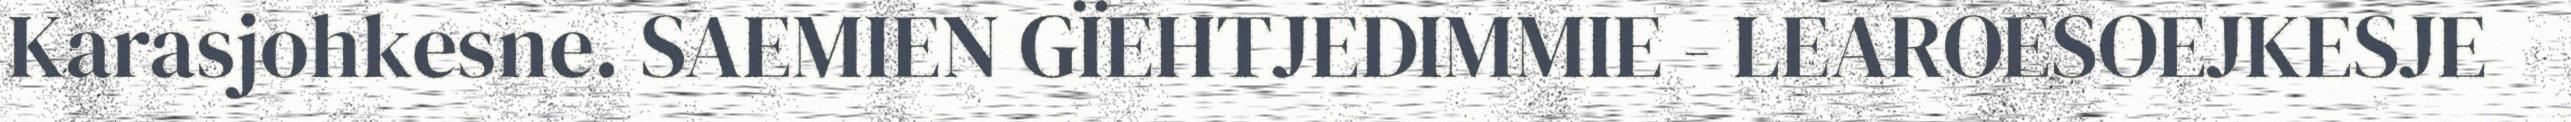
Karasjohkesne. SAEMIEN GÏEHTJEDIMMIE - LEAROESOEJKESJE